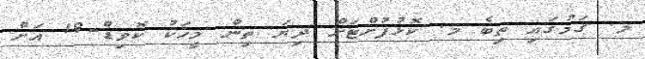
ލ. ގަމުގައި ތިބެ މ. ކޮޅުފުށްޓަށް ދިޔަ ތިން މީހަކު ކޮވިޑް-19 އަށް